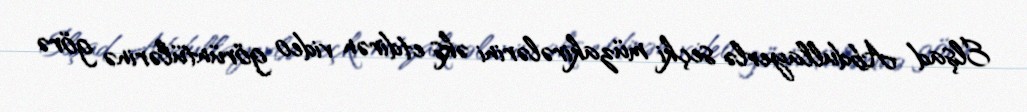
Elşad Abdullayevlə seçki müzakirələrini əks etdirən video görüntülərinə görə